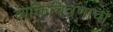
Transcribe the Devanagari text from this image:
व्यक्तिचित्रणाचा